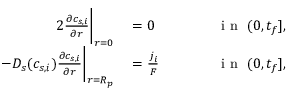
\begin{array} { r l r l } { { 2 } \frac { \partial c _ { s , i } } { \partial r } \bigg | _ { r = 0 } } & { { } = 0 } & { \qquad } & { { } \textrm { i n } \ ( 0 , t _ { f } ] , } \\ { - D _ { s } ( c _ { s , i } ) \frac { \partial c _ { s , i } } { \partial r } \bigg | _ { r = R _ { p } } } & { { } = \frac { j _ { i } } { F } } & { } & { { } \textrm { i n } \ ( 0 , t _ { f } ] , } \end{array}